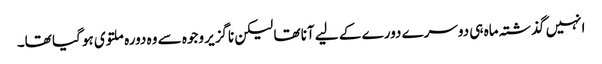
انہیں گذشتہ ماہ ہی دوسرے دورے کے لیے آنا تھا لیکن ناگزیر وجوہ سے وہ دورہ ملتوی ہو گیا تھا۔